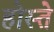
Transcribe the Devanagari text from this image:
होस्ते